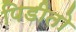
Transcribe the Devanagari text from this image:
पिडीतो